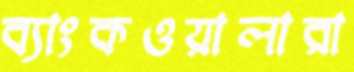
ব্যাংকওয়ালারা